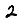
Digit: 2